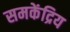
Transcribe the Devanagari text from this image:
समकेंद्रिय